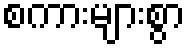
စကားများစွာ